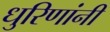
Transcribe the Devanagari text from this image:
धुरिणांनी